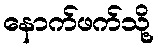
နောက်ဖက်သို့